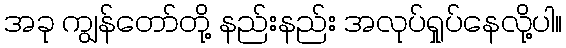
အခု ကျွန်တော်တို့ နည်းနည်း အလုပ်ရှုပ်နေလို့ပါ။